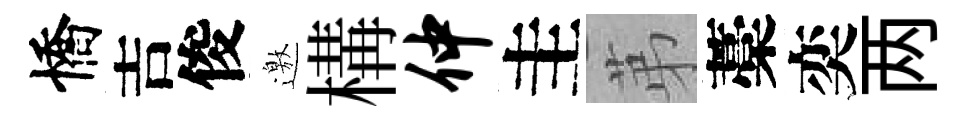
憍吉俊邀構仲圭苐藁奕两